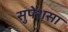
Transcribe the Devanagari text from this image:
सुपेशसा